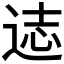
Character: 𰺻